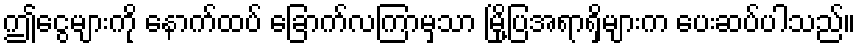
ဤငွေများကို နောက်ထပ် ခြောက်လကြာမှသာ မြို့ပြအရာရှိများက ပေးဆပ်ပါသည်။